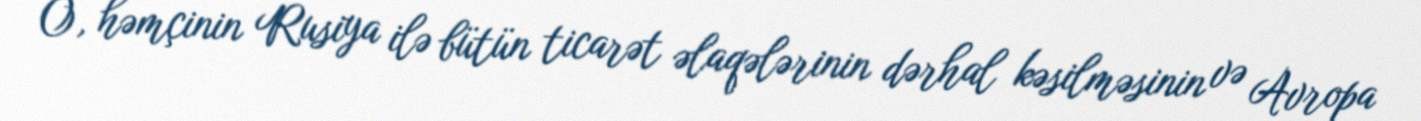
O, həmçinin Rusiya ilə bütün ticarət əlaqələrinin dərhal kəsilməsinin və Avropa